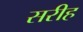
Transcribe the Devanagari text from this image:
सरीह